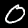
Label: 0